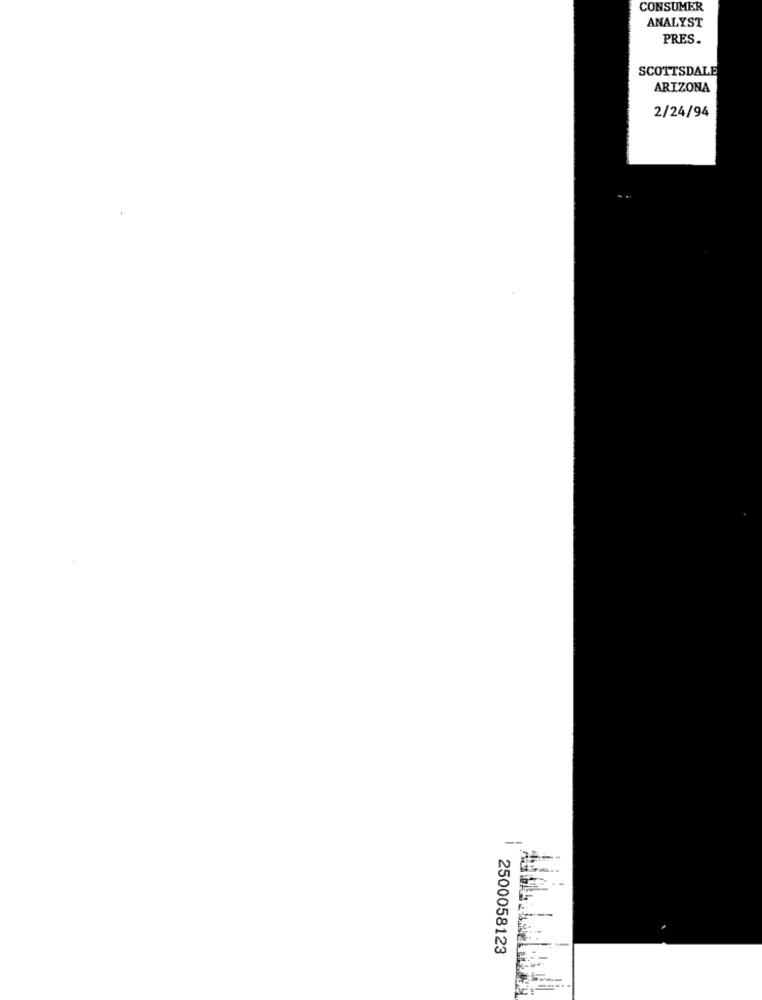
CONSUMER
ANALYST
PRES.
SCOTTSDALE
ARIZONA
2/24/94
--
2500058123